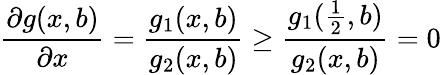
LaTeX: \frac{\partial g(x,b)}{\partial x}=\frac{g_{1}(x,b)}{g_{2}(x,b)}\geq\frac{g_{1}(\frac{1}{2},b)}{g_{2}(x,b)}=0